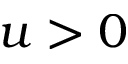
u > 0